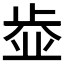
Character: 𣦄